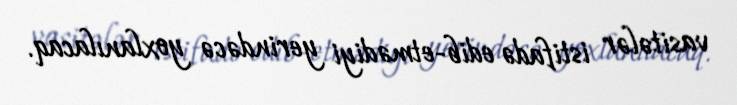
vasitələr istifadə edib-etmədiyi yerindəcə yoxlanılacaq.